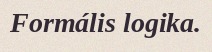
Formális logika.